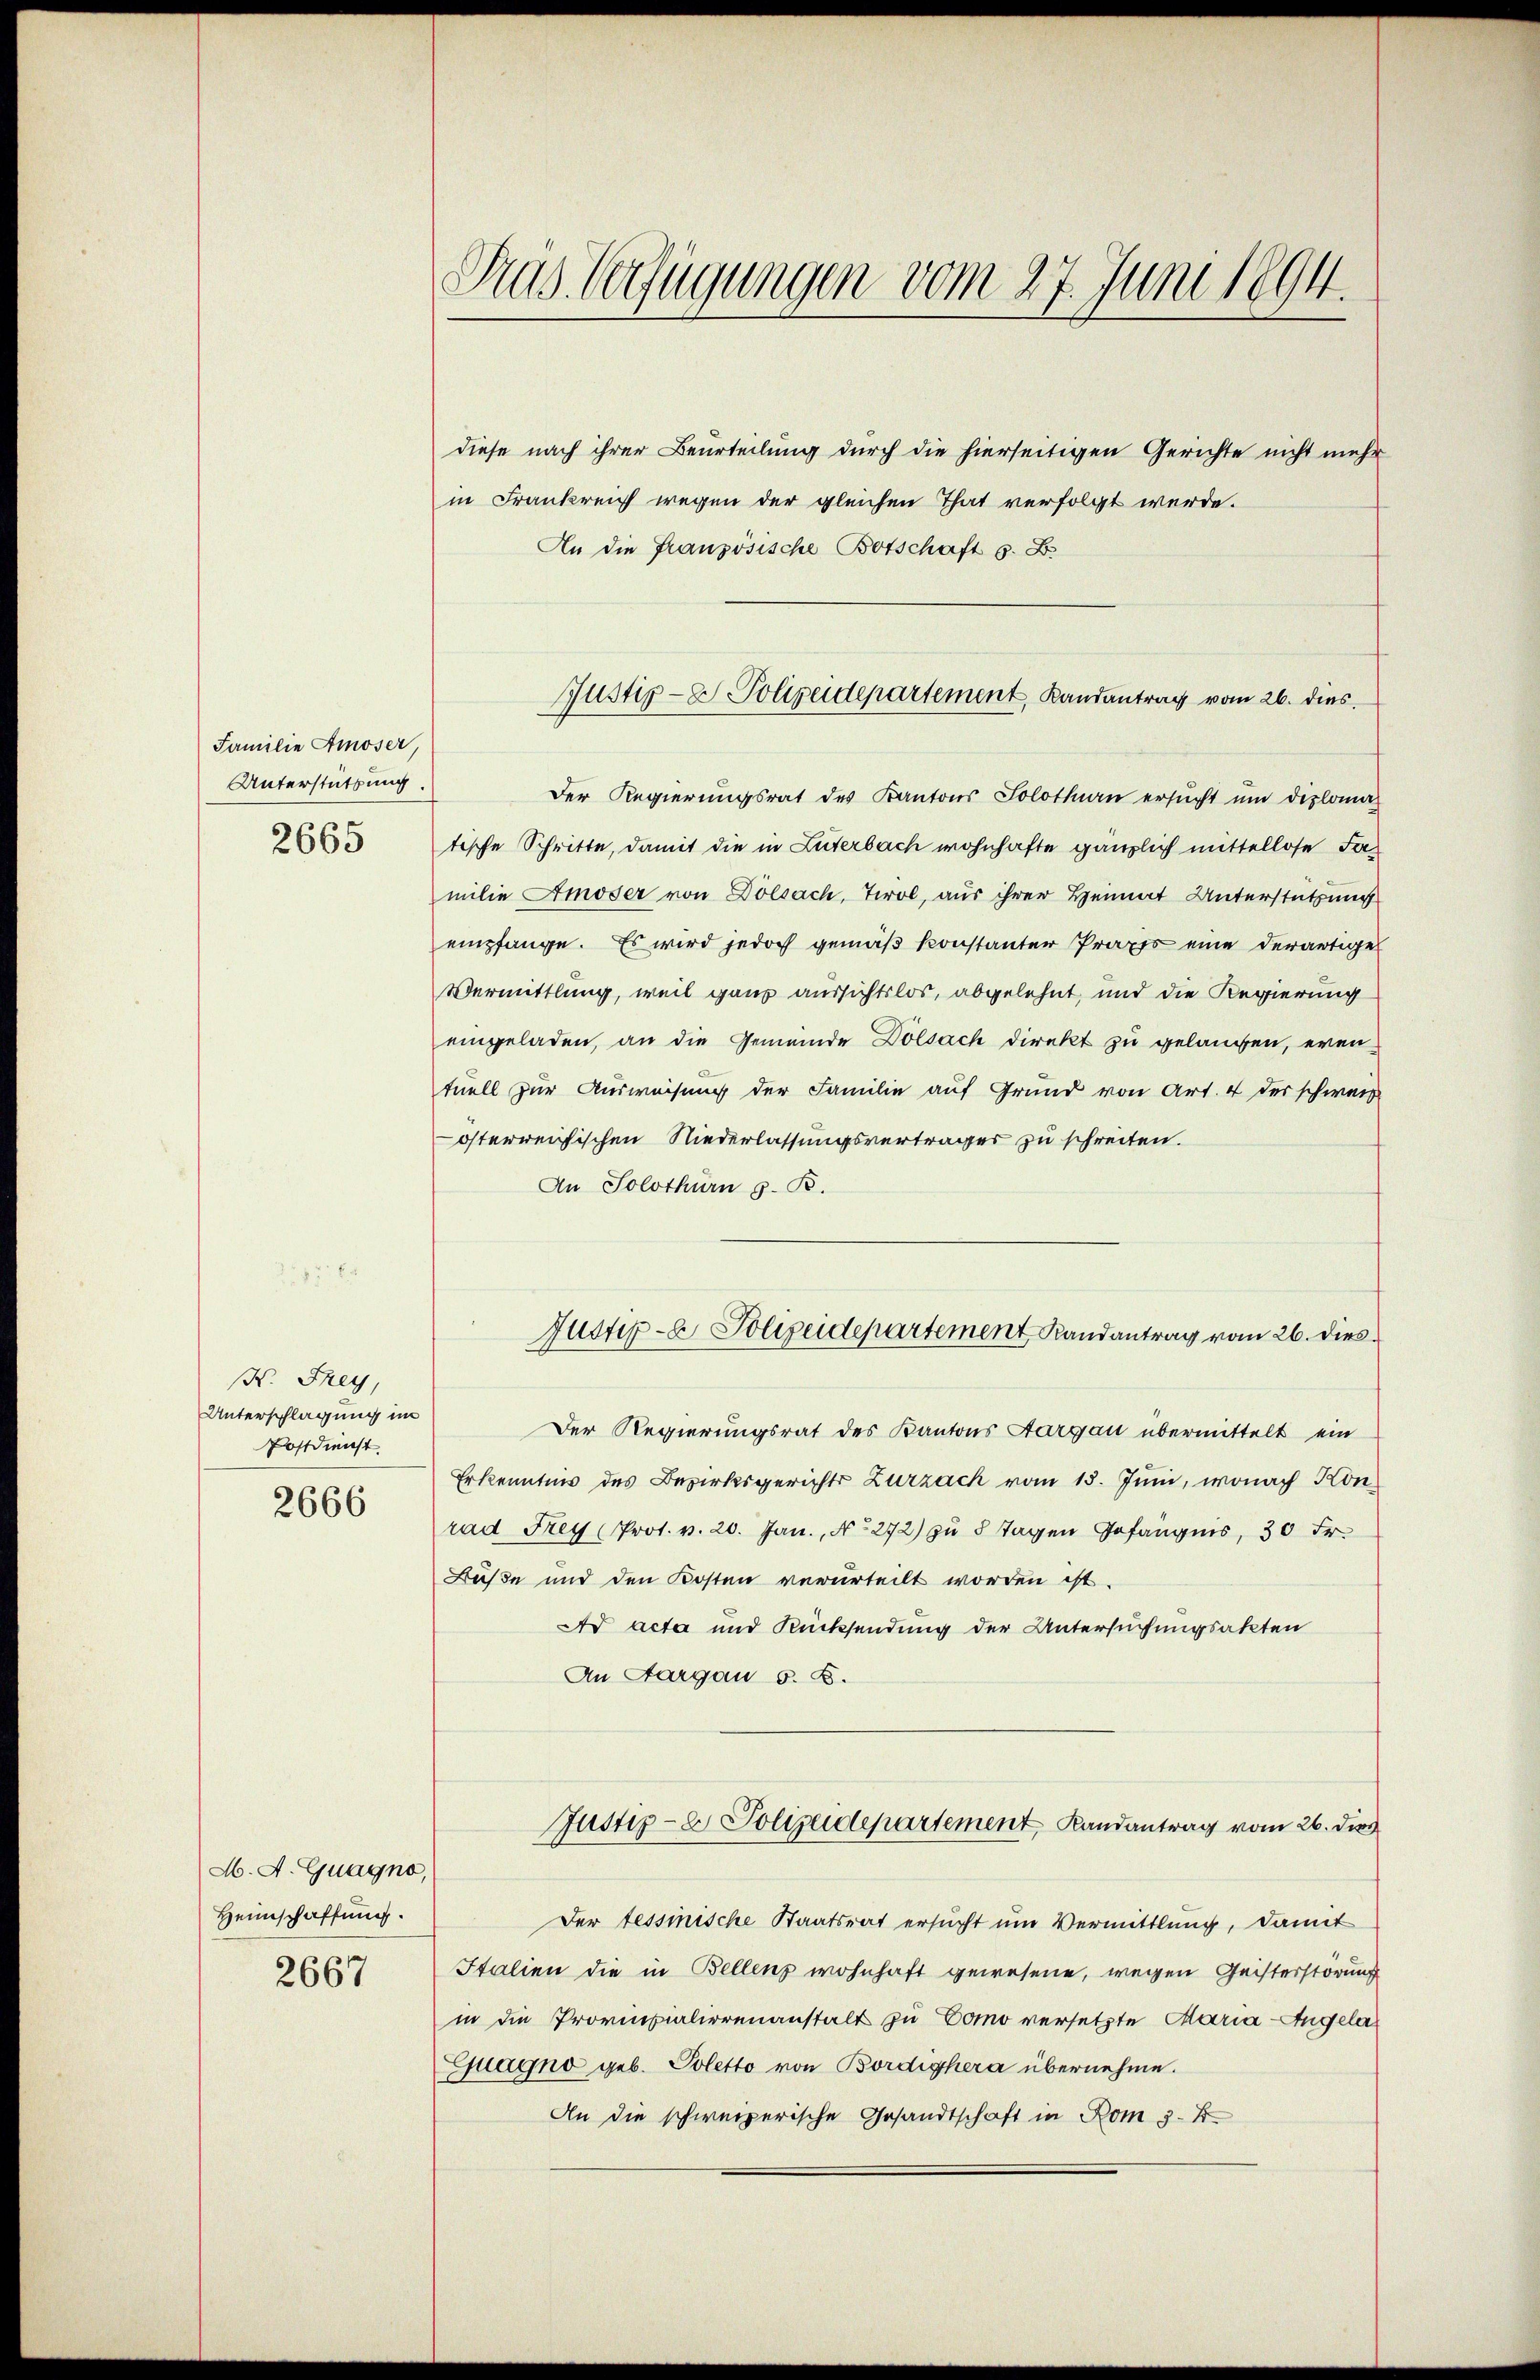
Familie Amoser,
Unterstützung
2665

H. Frey,
Unterschlagung im
Postdienst
2666

M. A. Guagno,
Heimschaffung.
2667

Dras Verfügungen vom 27. Juni 1894.

diese nach ihrer Beurteilung durch die hierseitigen Gerichte nicht mehr
in Frankreich wegen der gleichen That verfolgt werde.
An die französische Botschaft s. B.
Der Regierungsrat des Kantons Solothurn ersucht um diplomatische Schritte, damit die in Luterbach wohnhafte gänzlich mittellose Familie Amoser von Dölsach, Tirol, aus ihrer Heimat Unterstützung
empfange. Es wird jedoch gemäß konstanter Praxis eine derartige
Vermittlung, weil ganz aussichtslos, abgelehnt, und die Regierung
eingeladen, an die Gemeinde Dölsach direkt zu gelangen, eventuell zur Ausweisung der Familie auf Grund von Art. 4 der schwer
österreichischen Niederlassungsvertrages zu schreiten.
An Solothurn z. B.
Justiz- & Polizeidepartement Randantrag vom 26. dies
Der Regierungsrat des Kantons Aargau übermittelt ein
Erkenntnis des Bezirksgerichts Zurzach vom 15. Juni, wonach Konrad Frey Prot. v. 20. Jan., No 272) zu 8 Tagen Gefängnis, 30 Fr.
Büße und den Kosten verurteilt worden ist.
Ad acta und Rücksendung der Untersuchungsakten
An Aargau 5. B.
Justiz- & Polizeidepartement, Randantrag vom 26. dies
Der tessinische Staatsrat ersucht um Vermittlung, damit
Italien die in Bellenz wohnhaft gewesene, wegen Geisterstörung
in die Provinzialierenanstalt zu Como versetzte Maria-Angela
Guagno geb. Poletto von Bordighera übernehme.
An die schweizerische Gesandtschaft in Rom 3. 4.

Justiz- & Polizeidepartement, Landantrag vom 26. dies